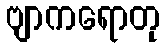
ဗျာကရောတု